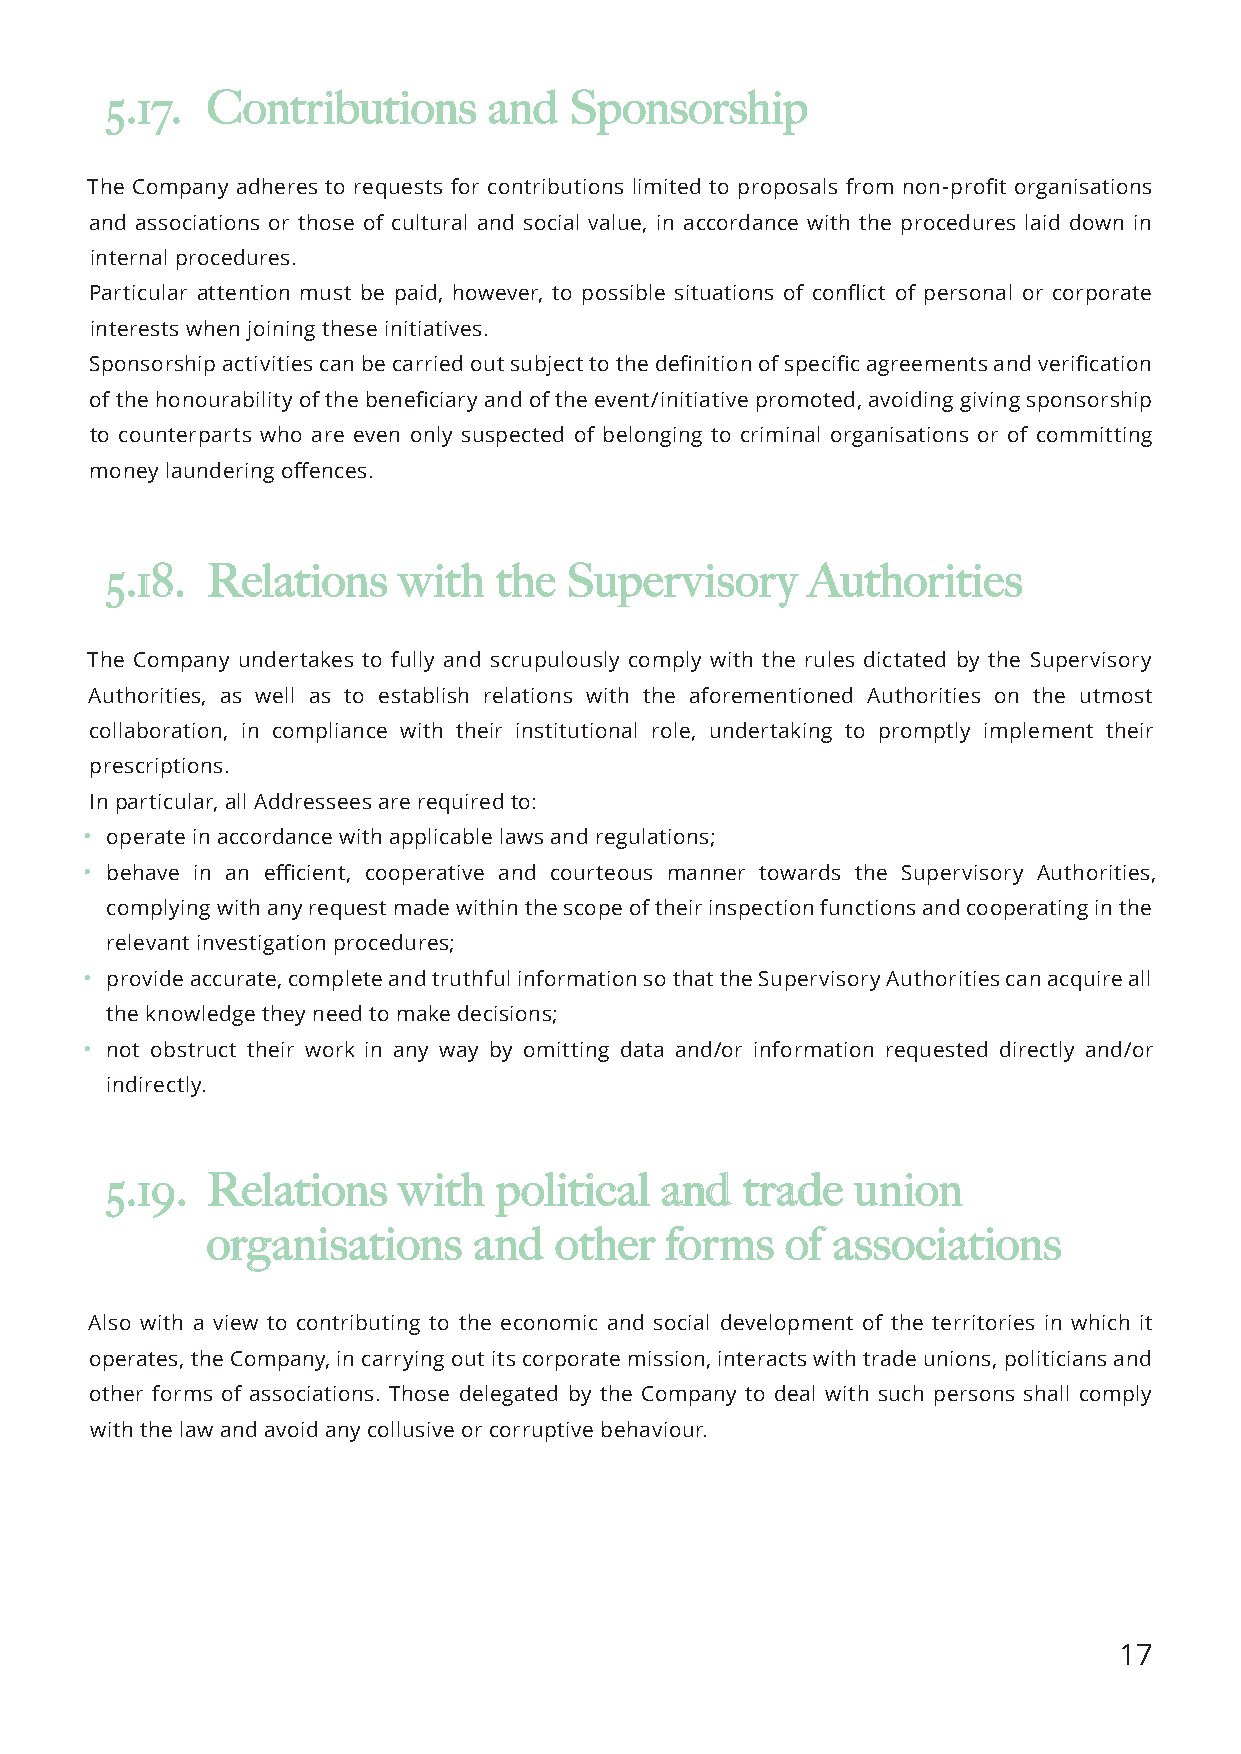
55..1177.. CCoonnttrriibbuuttiioonnss aanndd SSppoonnssoorrsshhiipp
 The Company adheres to requests for contributions limited to proposals from non-profit organisations
 and associations or those of cultural and social value, in accordance with the procedures laid down in
 internal procedures.
 Particular attention must be paid, however, to possible situations of conflict of personal or corporate
 interests when joining these initiatives.
 Sponsorship activities can be carried out subject to the definition of specific agreements and verification
 of the honourability of the beneficiary and of the event/initiative promoted, avoiding giving sponsorship
 to counterparts who are even only suspected of belonging to criminal organisations or of committing
 money laundering offences.
 55..1188.. RReellaattiioonnss wwiitthh tthhee SSuuppeerrvviissoorryy AAuutthhoorriittiieess
 The Company undertakes to fully and scrupulously comply with the rules dictated by the Supervisory
 Authorities, as well as to establish relations with the aforementioned Authorities on the utmost
 collaboration, in compliance with their institutional role, undertaking to promptly implement their
 prescriptions.
 In particular, all Addressees are required to:
 • operate in accordance with applicable laws and regulations;
 • behave in an efficient, cooperative and courteous manner towards the Supervisory Authorities,
 complying with any request made within the scope of their inspection functions and cooperating in the
 relevant investigation procedures;
 • provide accurate, complete and truthful information so that the Supervisory Authorities can acquire all
 the knowledge they need to make decisions;
 • not obstruct their work in any way by omitting data and/or information requested directly and/or
 indirectly.
 55..1199.. RReellaattiioonnss wwiitthh ppoolliittiiccaall aanndd ttrraaddee uunniioonn
 oorrggaanniissaattiioonnss aanndd ootthheerr ffoorrmmss ooff aassssoocciiaattiioonnss
 Also with a view to contributing to the economic and social development of the territories in which it
 operates, the Company, in carrying out its corporate mission, interacts with trade unions, politicians and
 other forms of associations. Those delegated by the Company to deal with such persons shall comply
 with the law and avoid any collusive or corruptive behaviour.
 17